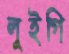
লুইগি